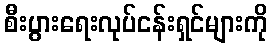
စီးပွားရေးလုပ်ငန်းရှင်များကို